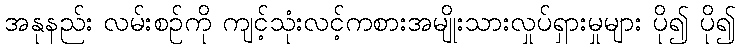
အနုနည်း လမ်းစဉ်ကို ကျင့်သုံးလင့်ကစားအမျိုးသားလှုပ်ရှားမှုများ ပို၍ ပို၍